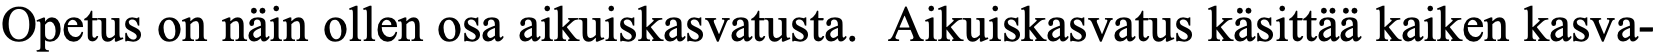
Opetus on näin ollen osa aikuiskasvatusta. Aikuiskasvatus käsittää kaiken kasva-